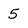
Character: 5